Vaccination Hyderabad 1890-1903 - 1890-1903
Year: 1890
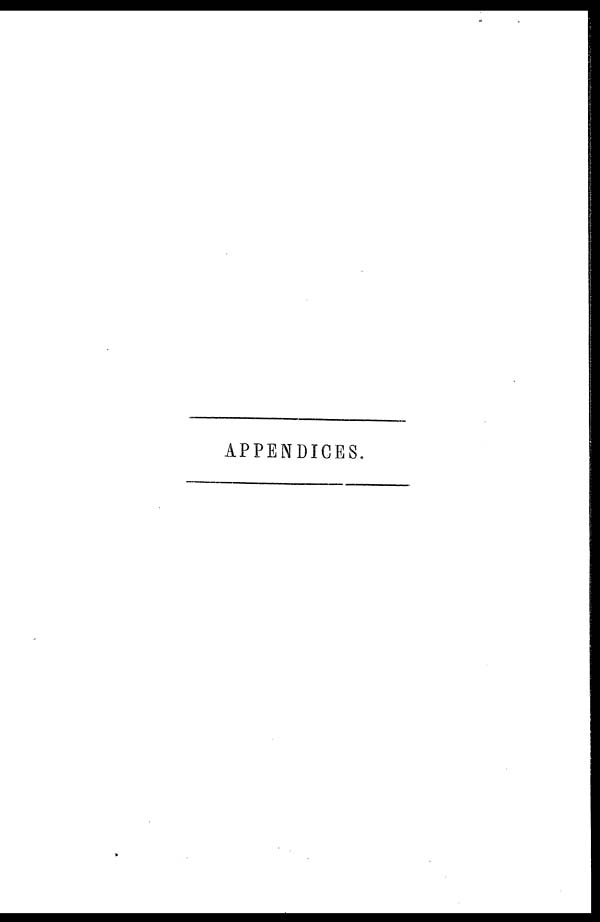
APPENDICES.